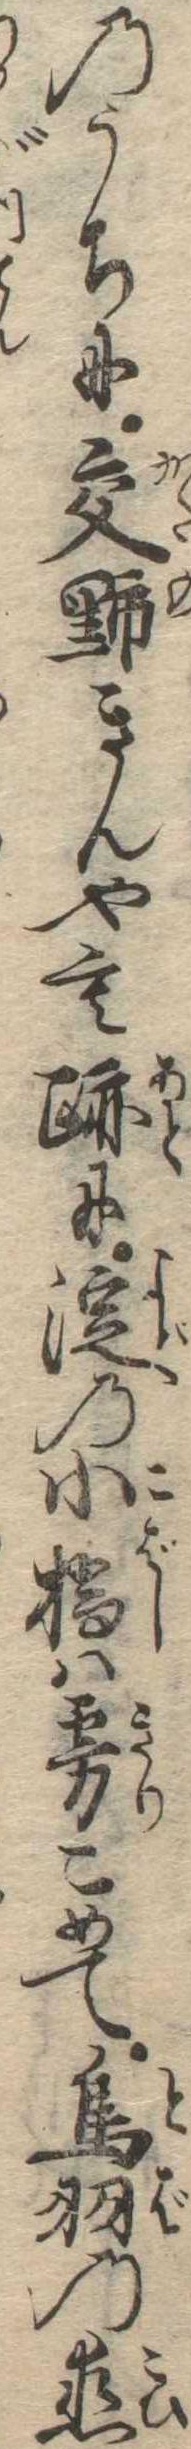
のうちに交野きんやも跡に淀の小橋は霧こめて鳥羽の恋